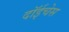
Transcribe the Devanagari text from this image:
दॉईचेस